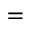
=